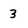
Character: 3